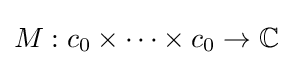
M:c_{0}\times \cdots \times c_{0}\to \mathbb {C}